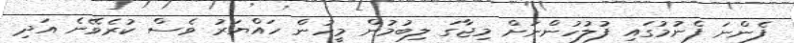
ފެންނަ ފެނުމުގައި ފުލުހުންނަށް މިޖާގަ ލިބުމުން މީހުން ހައްޔަރު ވެސް ކުރެވޭނެ އަދި